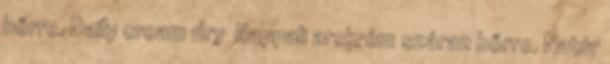
bőrre. Daily cream dry Nappali arckrém száraz bőrre. Natúr